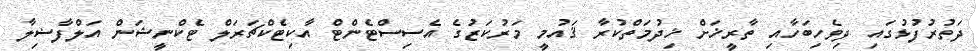
ދަތުރުފުޅުގައި ދިވެހިބަހާއި ތާރީޚަށް ޚިދުމަތްކުރާ ޤައުމީ މަރުކަޒުގެ އެސިސްޓެންޓް އާކިޓެކްޗަރަލް ޓެކްނީޝަން އަލްފާޟިލާ